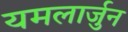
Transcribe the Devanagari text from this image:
यमलार्जुन